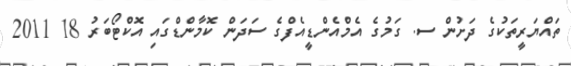
ތައްޔަރީތަކުގެ ދަށުން ސ. ގަމުގެ އެމްއެންޑީއެފްގެ ސަދަން ކޮމާންޑްގައި އޮކްޓޯބަރު 18 2011